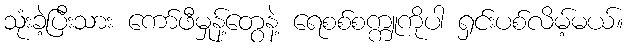
သုံးခဲ့ပြီးသား ကော်ဖီမှုန့်တွေနဲ့ ရေစစ်စက္ကူကိုပါ ရှင်းပစ်လိမ့်မယ်။